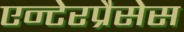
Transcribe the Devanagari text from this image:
एन्टेरप्रैसेस